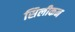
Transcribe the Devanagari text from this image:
सिलीकन